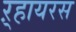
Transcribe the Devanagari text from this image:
ऱ्हायरस